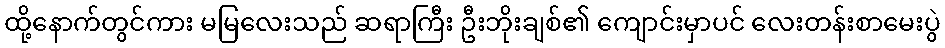
ထို့နောက်တွင်ကား မမြလေးသည် ဆရာကြီး ဦးဘိုးချစ်၏ ကျောင်းမှာပင် လေးတန်းစာမေးပွဲ